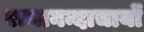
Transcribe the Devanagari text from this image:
रामानन्दाचार्यों